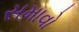
સમાવો